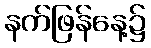
နက်ဖြန်နေ့၌